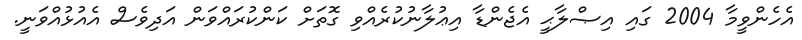
އެހެންވީމާ 2004 ގައި އިޞްލާޙީ އެޖެންޑާ އިޢުލާނުކުރެއްވި ގޮތަށް ކަންކުރައްވަން އަދިވެސް އެއުޅުއްވަނީ.